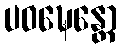
ပဝဍ္ဎေန္တော